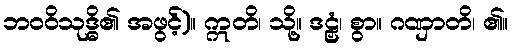
ဘဝဝိသုဒ္ဓိ၏ အဖွင့်)။ ဣတိ၊ သို့။ ဒဠှံ၊ စွာ။ ဂဏှာတိ၊ ၏။